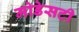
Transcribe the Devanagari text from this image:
मोडेसटी